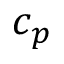
c _ { p }